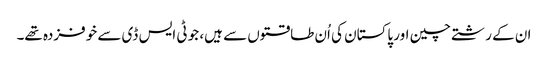
ان کے رشتے چین اور پاکستان کی اُن طاقتوں سے ہیں، جو ٹی ایس ڈی سے خوفزدہ تھے۔